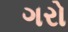
ગરો